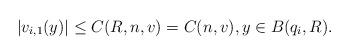
LaTeX: \begin{align*}|v_{i, 1}(y)|\leq C(R, n, v) = C(n, v), y\in B(q_i, R).\end{align*}